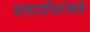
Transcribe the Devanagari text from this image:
सत्ताधीशांकडे